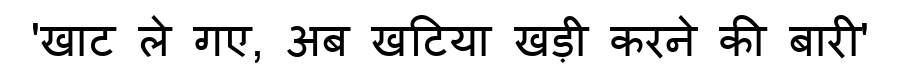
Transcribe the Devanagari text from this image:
'खाट ले गए, अब खटिया खड़ी करने की बारी'